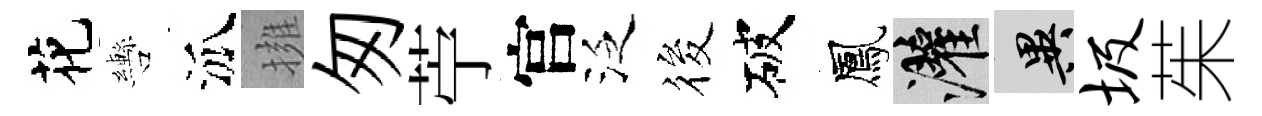
花轡泒擁匆苧官泛筱破鳳灌异圾茱